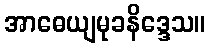
အာဓေယျမုခနိဒ္ဒေသ။